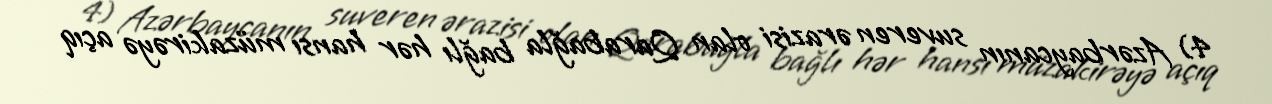
4) Azərbaycanın suveren ərazisi olan Qarabağla bağlı hər hansı müzakirəyə açıq